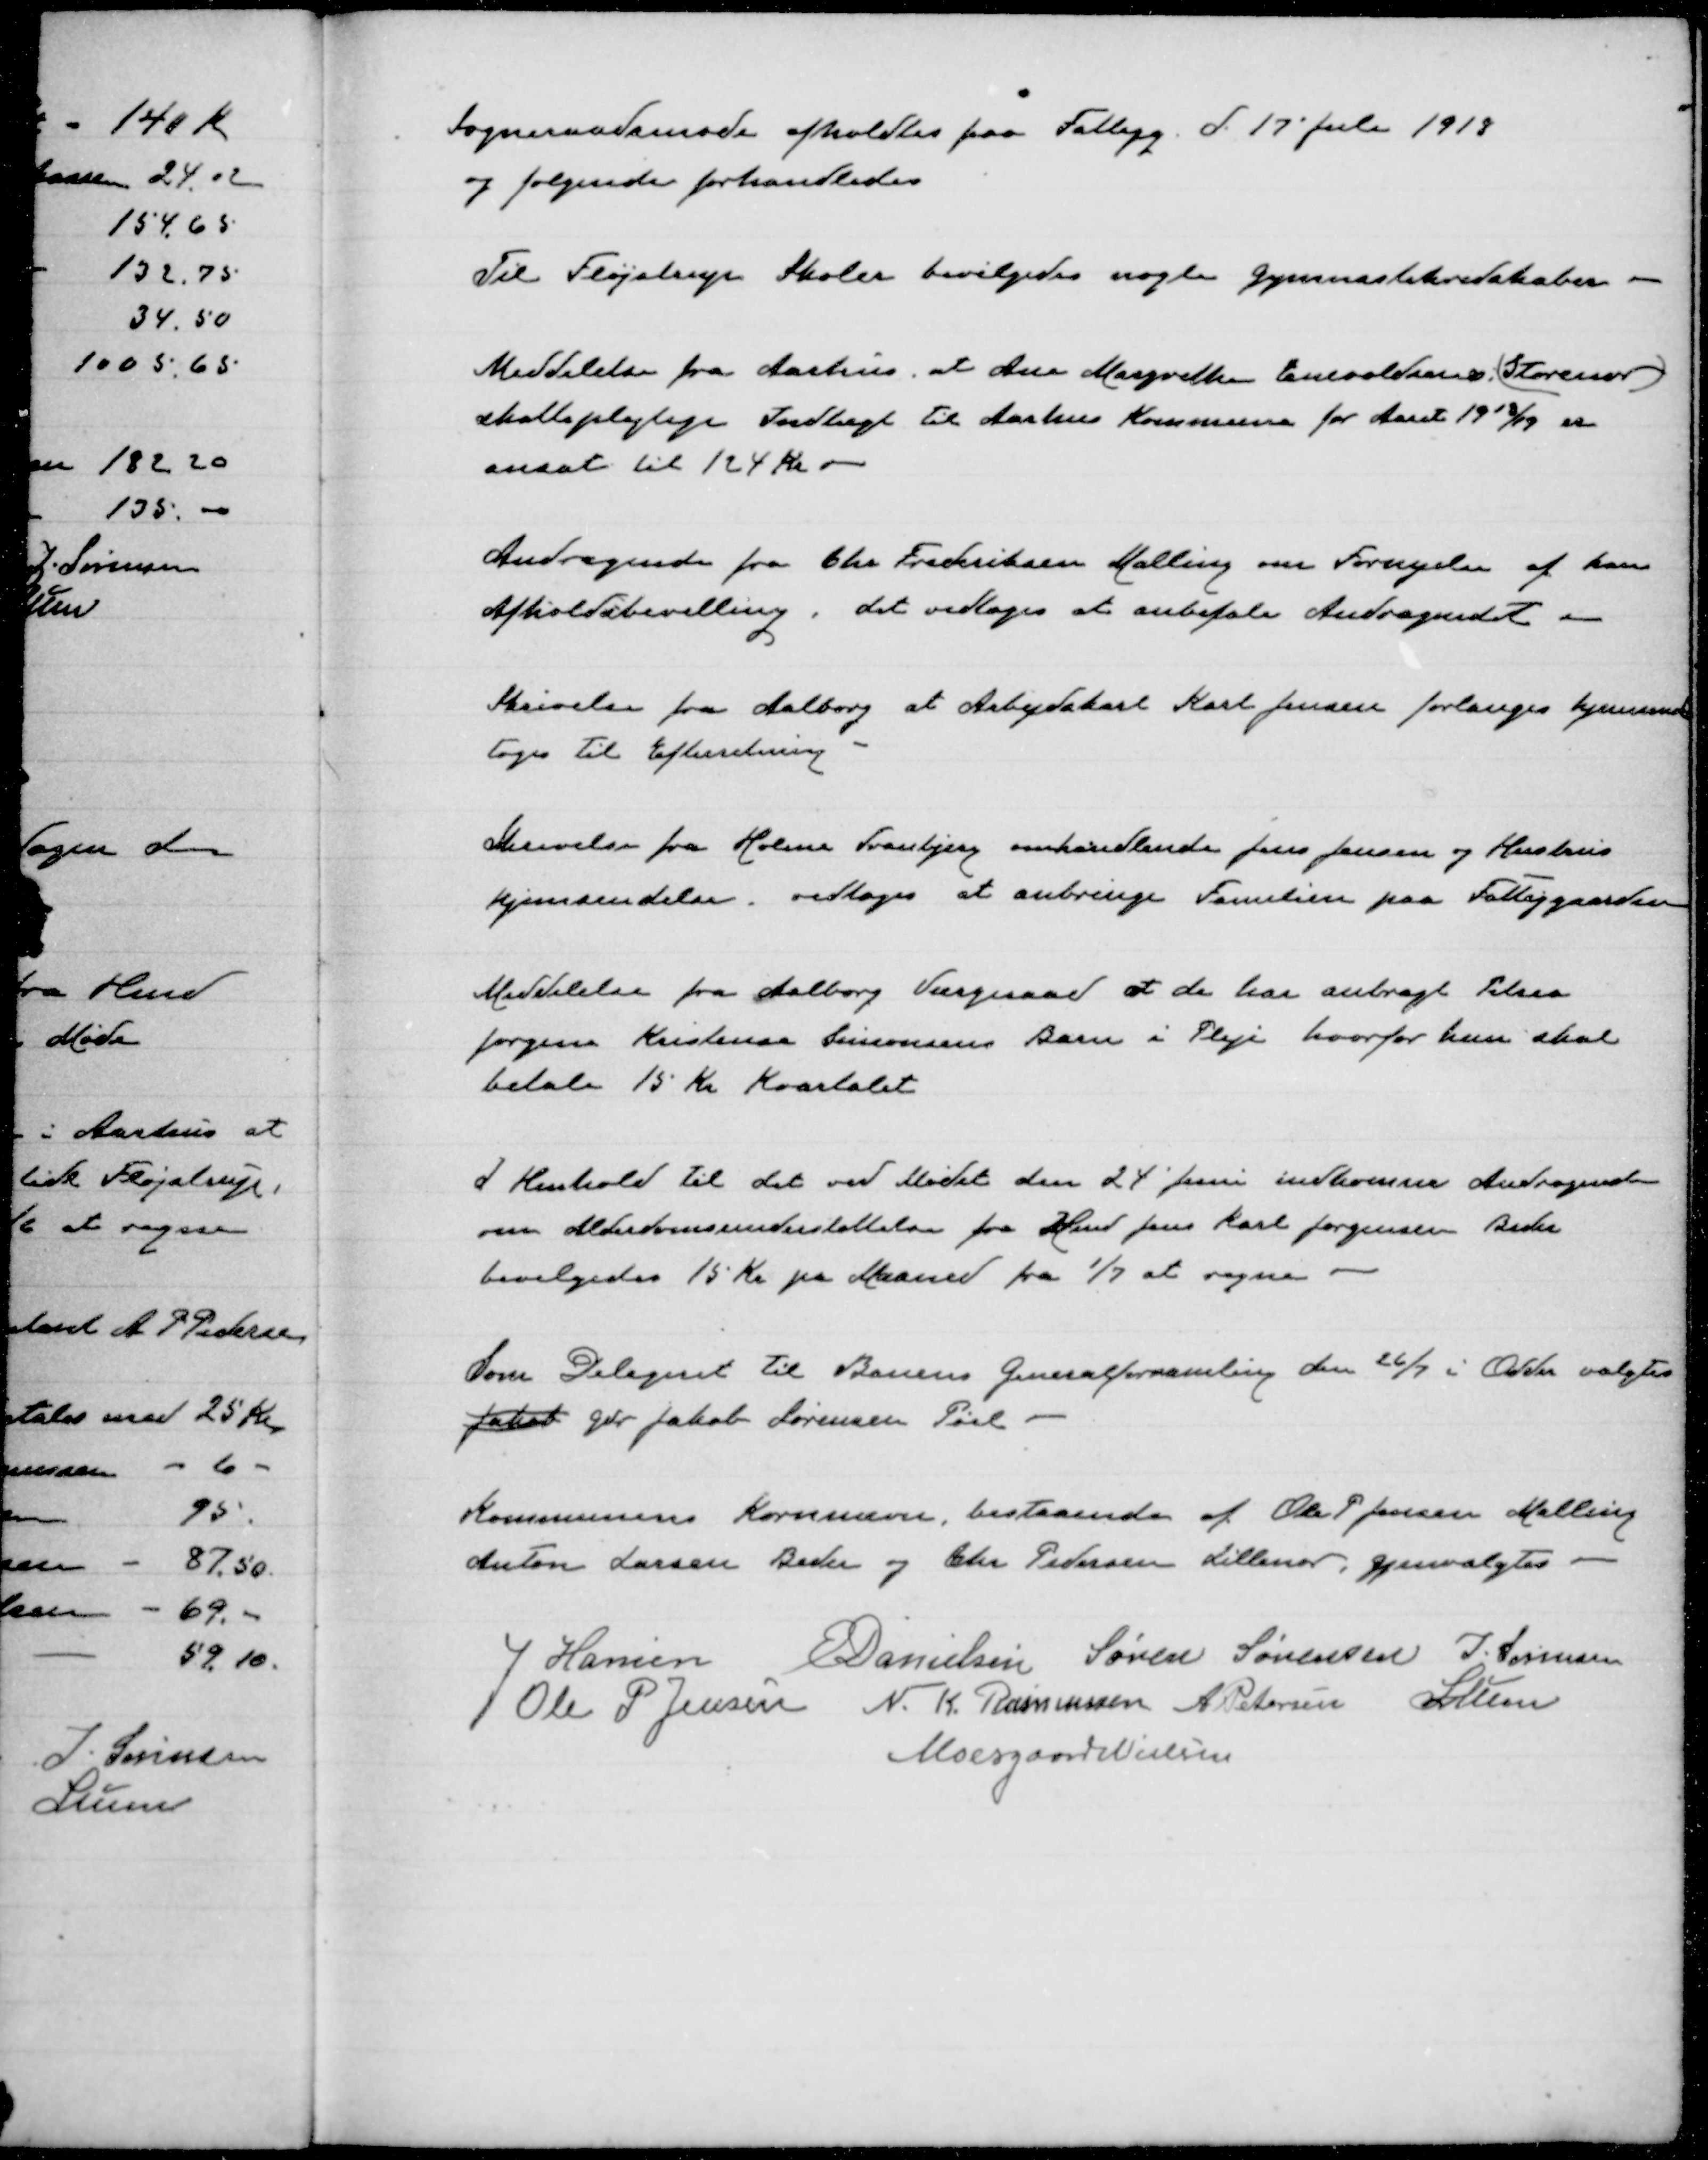
Transskription:
Sogneraadsmøde afholdtes paa Fattigg. d. 17' juli 1918
og følgende forhandledes

Til Fløjstrup Skoler bevilgedes nogle gymnastikredskaber

Meddelelse fra Aarhus, at Ane Margrethe Enevoldsens (Storenor)
skattepligtige Indtægt til Aarhus Kommune for Aaret 1918/19 er
ansat til 124 Kr

Andragende fra Chr Fredriksen Malling om Fornyelse af hans
Afholdsbevilling, det vedtoges at anbefale Andragendet

Skrivelse fra Aalborg at Arbejdskarl Karl Jensen forlanges hjemsendt
Toges til efterretning

Skrivelse fra Holme Tranbjerg omhandlende Jens Jensen og Hustrus
hjemsendelse. vedtoges at anbringe Familien på Fattiggaarden

Meddelelse fra Aalborg Værgeraad at de har anbragt Petrea
Jørgensen Kristensen Simonsens Barn i Pleje hvorfor hun skal
betale 15 Kr Kvartalet

I Henhold til det ved Mødet den 24 Juni indkomne Andragende
om Alderdomsunderstøttelse fra Knud Jens Karl Jørgensen Beder
bevilgedes 15 Kr pr Maaned fra 1/7 at regne

Som Delegeret til Banens generalforsamling den 26/7 i Odder valgtes
Jakob Gdr Jakob Sørensen Pøel

Kommunens Kornnævn bestaaende af Ole P. Jensen Malling
Anton Larsen Beder og Chr. Pedersen Lillenor gjenvalgtes

J Hansen
E Danielsen
Søren Sørensen
J. Sørensen
Ole P Jensen
N. K. Rasmussen
A Petersen
P Lunn
Moesgaard Nielsen